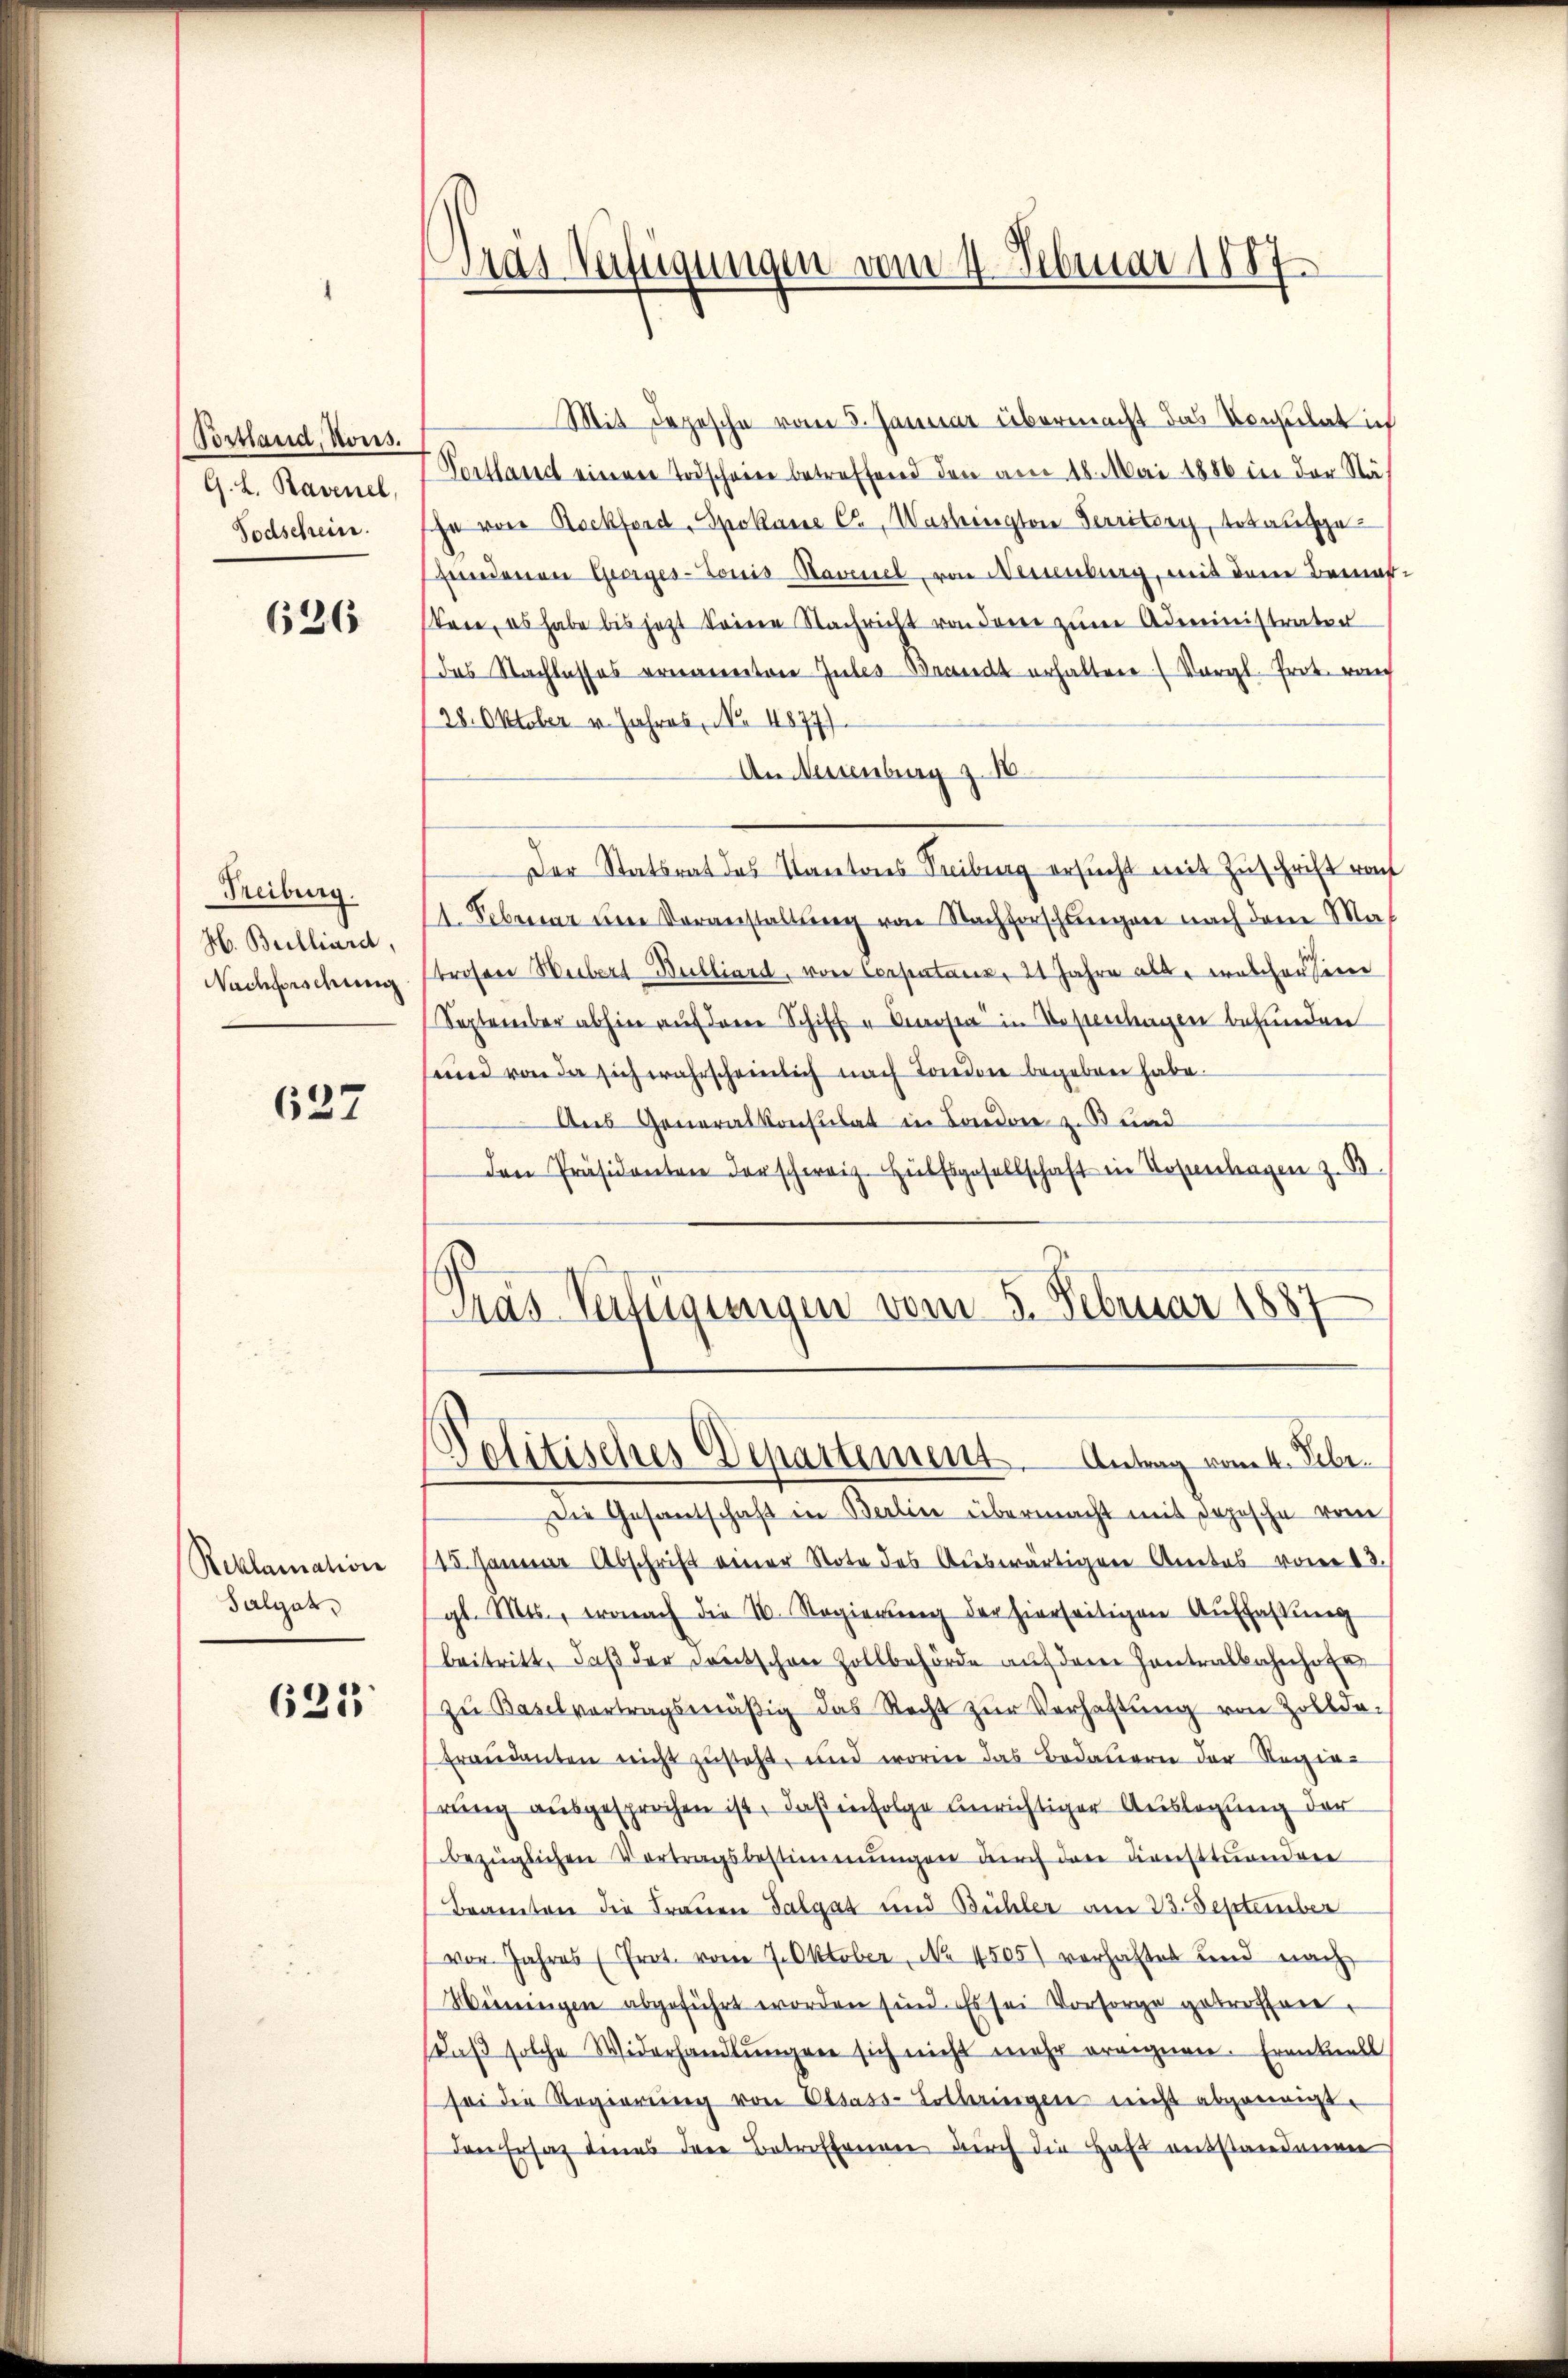
Postland, Kons.
G. L. Ravenel,
Todschein.

626

Freiburg.
H. Beilliard,
Nachforschung

627

Reklamation
Salgat

621

Das Verfügungen vom 4. Februar 1887

Mit Depesche vom 8. Januar übermacht das Konsulat ich
Portlauch einer Todscheine betreffend den am 18. Mai 1886 in der Stä-
je von Rockford, Spokane Ca, Washington Territory, tot ausgefundenen Georges-Louis-Ravenel, von Neuenburg, mit dem Bemer-
tare, es habe bis jetzt keine Nachricht von derer zŭm Administratur
das Nachlasses ernannten Gutes Brandt erhalten (Vergl. Prot. rauch
28. Oktober v. Jahres, No. 4877).
An Messenbarg z. 18.
Der Statsrat des Kantones Treiburg ersucht mit Zuschrift raf
1. Februar eine Voranstaltung von Nachforschungen nach dem Mat
Prosen Weibert Bulliard, von Capatanz, 21 Jahre alt, welcher seine
September abhin auf der Schiff u Kosta in Kostenhagen befunden
sund von da sich wahrscheinlich nach London begeben habe.
Aus Generalkonsulat in Londone z. Bund
den Präsidenten der schweiz. Hülfsgesellschaft in Rosentragen z. B.
Gras Verfügungen vom 5. Februar 1887

Politisches Departement. Antrag vom 4. Febr.

Die Gesantschaft in Berlin übermacht mit dopische vom
15. Januar Abschrift einer Note des Auswärtiger Anatos vom 13.
gl. Mts., wonach die 10. Regierŭng der hierseitigen Auffassung
beitritt, daβ der Deutschen Zollbehörde auf dem Contralbahnhofe
zŭ Baselvertragsmäβig das Recht zŭr Verhaftŭng von Zollde-
Erandanten nicht zusteht, und worin das Bedauern der Regierung ausgesprochen ist, daß infolge unrichtiger Auslegung der
bezüglichen Vortragsbestimmungen durch dare dienstandere
Beamten die Frauen Talgat und Bühler am 23. September
vor Jahres (Prot. vom 7. Oktober, No 1505) verhaltet und nach
Wüningen abgeführt worden sind. Es sei Vorsorge getroffen,
daβ solche Widerhandlŭngen sich nicht mehr ereignen. Eventuell
sei die Regierŭng von Elsass-Lotteringen nicht abgeneigt.
den Ersatz denes dere Betreffenen durch die Haft entstandenen